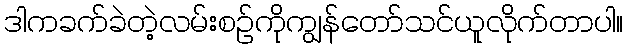
ဒါကခက်ခဲတဲ့လမ်းစဉ်ကိုကျွန်တော်သင်ယူလိုက်တာပါ။